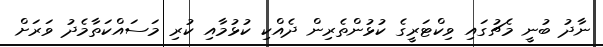
ނާދު ބުނީ މެޗުގައި ވިކްޓަރީގެ ކުޅުންތެރިން ދެއްކި ކުޅުމާއި ކުރި މަސައްކަތާމެދު ވަރަށް